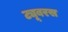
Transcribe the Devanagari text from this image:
ट्यूबरस